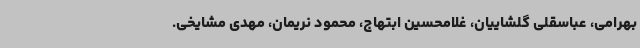
بهرامی، عباسقلی گلشاییان، غلامحسین ابتهاج، محمود نریمان، مهدی مشایخی.